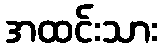
အထင်းသား